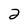
Character: 2